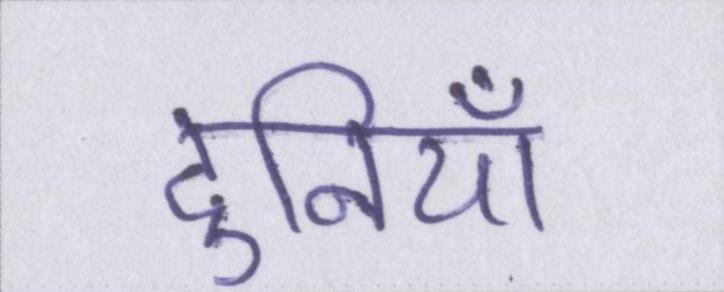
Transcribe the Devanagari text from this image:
दुनियाँ